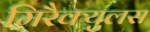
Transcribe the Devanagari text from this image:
मिरैक्युलस